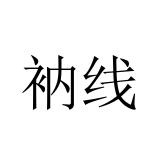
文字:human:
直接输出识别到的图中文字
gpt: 衲线